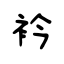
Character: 衿